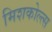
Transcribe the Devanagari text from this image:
मिशकोल्त्स